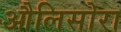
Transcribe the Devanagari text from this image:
औलिसोरा